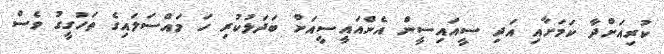
ކުރިއަށްދާ ކަަމަށާއި އަދި ސީއައިސީން އެންއައީސީއަށް ބަދަލުކުރި ހަ މައްސަލައިގެ ތަހުގީގު ވެސް